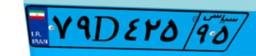
۲۵D۲۵۵۷۷